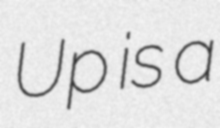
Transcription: Up is a